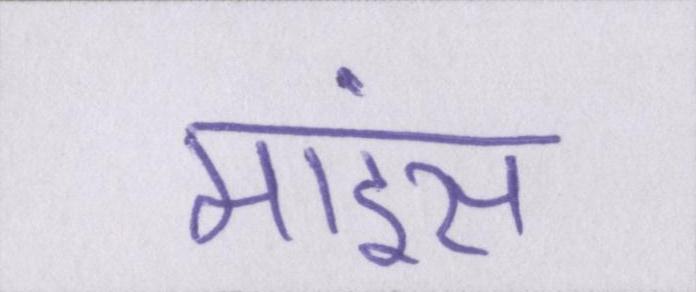
माइंस